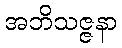
အဘိသဇ္ဇနာ